Indian journal of veterinary science and animal husbandry - Volume 1,
Year: 1931
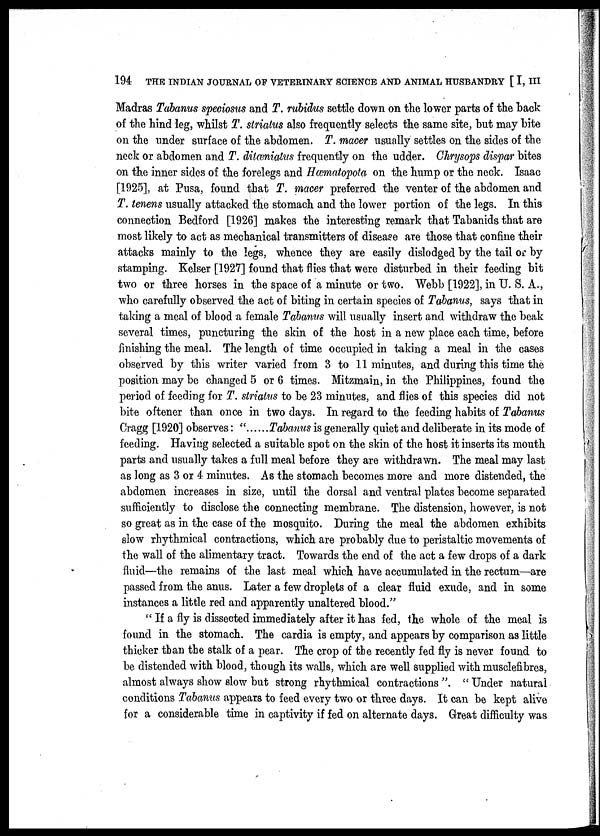
194 THE INDIAN JOURNAL OF VETERINARY SCIENCE AND ANIMAL HUSBANDRY [ I, III
Madras Tabanus speciosus and T. rubidus settle down on the lower parts of the back
of the hind leg, whilst T. striatus also frequently selects the same site, but may bite
on the under surface of the abdomen. T. macer usually settles on the sides of the
neck or abdomen and T. ditæniatus frequently on the udder. Chrysops dispar bites
on the inner sides of the forelegs and Hæmatopota on the hump or the neck. Isaac
[1925], at Pusa, found that T. macer preferred the venter of the abdomen and
T. tenens usually attacked the stomach and the lower portion of the legs. In this
connection Bedford [1926] makes the interesting remark that Tabanids that are
most likely to act as mechanical transmitters of disease are those that confine their
attacks mainly to the legs, whence they are easily dislodged by the tail or by
stamping. Kelser [1927] found that flies that were disturbed in their feeding bit
two or three horses in the space of a minute or two. Webb [1922], in U. S. A.,
who carefully observed the act of biting in certain species of Tabanus, says that in
taking a meal of blood a female Tabanus will usually insert and withdraw the beak
several times, puncturing the skin of the host in a new place each time, before
finishing the meal. The length of time occupied in taking a meal in the cases
observed by this writer varied from 3 to 11 minutes, and during this time the
position may be changed 5 or 6 times. Mitzmain, in the Philippines, found the
period of feeding for T. striatus to be 23 minutes, and flies of this species did not
bite oftener than once in two days. In regard to the feeding habits of Tabanus
Cragg [1920] observes: "
Tabanus is generally quiet and deliberate in its mode of
feeding. Having selected a suitable spot on the skin of the host it inserts its mouth
parts and usually takes a full meal before they are withdrawn. The meal may last
as long as 3 or 4 minutes. As the stomach becomes more and more distended, the
abdomen increases in size, until the dorsal and ventral plates become separated
sufficiently to disclose the connecting membrane. The distension, however, is not
so great as in the case of the mosquito. During the meal the abdomen exhibits
slow rhythmical contractions, which are probably due to peristaltic movements of
the wall of the alimentary tract. Towards the end of the act a few drops of a dark
fluid—the remains of the last meal which have accumulated in the rectum—are
passed from the anus. Later a few droplets of a clear fluid exude, and in some
instances a little red and apparently unaltered blood."
"If a fly is dissected immediately after it has fed, the whole of the meal is
found in the stomach. The cardia is empty, and appears by comparison as little
thicker than the stalk of a pear. The crop of the recently fed fly is never found to
be distended with blood, though its walls, which are well supplied with musclefibres,
almost always show slow but strong rhythmical contractions". " Under natural
conditions Tabanus appears to feed every two or three days. It can be kept alive
for a considerable time in captivity if fed on alternate days. Great difficulty was